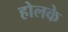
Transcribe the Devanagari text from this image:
होलके